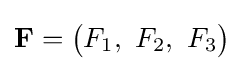
\mathbf {F} ={\begin{pmatrix}F_{1},\ F_{2},\ F_{3}\end{pmatrix}}